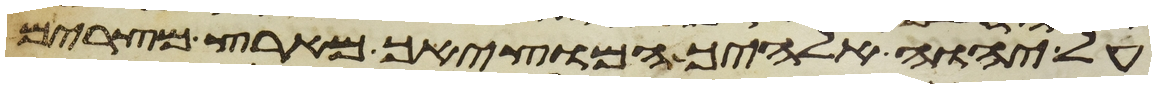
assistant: על יהוה אלהיך המוציאך מארץ מצרים